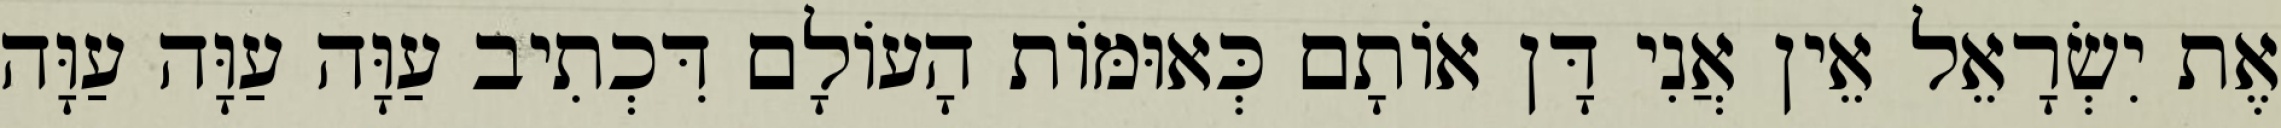
אֶת יִשְׂרָאֵל אֵין אֲנִי דָּן אוֹתָם כְּאוּמּוֹת הָעוֹלָם דִּכְתִיב עַוָּה עַוָּה עַוָּה